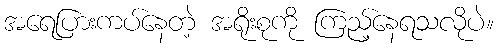
အရေပြားကပ်နေတဲ့ အရိုးစုကို ကြည့်နေရသလိုပဲ။